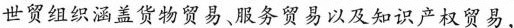
世贸组织涵盖货物贸易、服务贸易以及知识产权贸易，